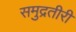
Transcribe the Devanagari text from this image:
समुद्रतीरी